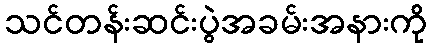
သင်တန်းဆင်းပွဲအခမ်းအနားကို